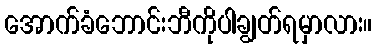
အောက်ခံဘောင်းဘီကိုပါချွတ်ရမှာလား။